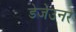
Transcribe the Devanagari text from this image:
डेजेउनर